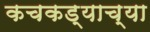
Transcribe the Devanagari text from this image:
कचकड्याच्या